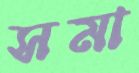
সমা